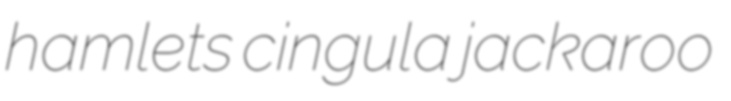
hamlets cingula jackaroo